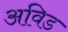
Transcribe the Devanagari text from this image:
अविड